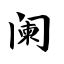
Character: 阑